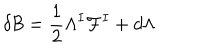
\delta { \cal B } = \frac 1 2 \Lambda ^ { I } { \cal F } ^ { I } + d \Lambda